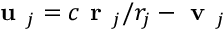
\textbf { u } _ { j } = c \textbf { r } _ { j } / r _ { j } - \textbf { v } _ { j }